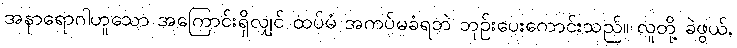
အနာရောဂါဟူသော အကြောင်းရှိလျှင် ထပ်မံ အကပ်မခံရဘဲ ဘုဉ်းပေးကောင်းသည်။ လူတို့ ခဲဖွယ်,